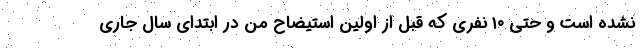
نشده است و حتی ۱۰ نفری که قبل از اولین استیضاح من در ابتدای سال جاری